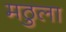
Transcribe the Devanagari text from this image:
मठुला